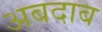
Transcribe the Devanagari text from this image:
अबदाब